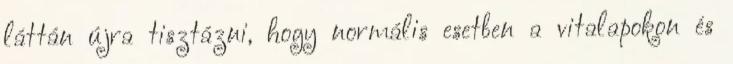
láttán újra tisztázni, hogy normális esetben a vitalapokon és